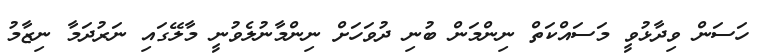
ހަސަން ވިދާޅުވީ މަސައްކަތް ނިންމަން ބުނި ދުވަހަށް ނިންމާނުލެވުނީ މާލޭގައި ނަރުދަމާ ނިޒާމު